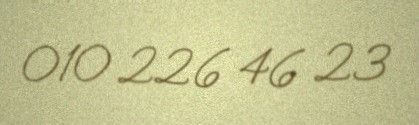
010 226 46 23